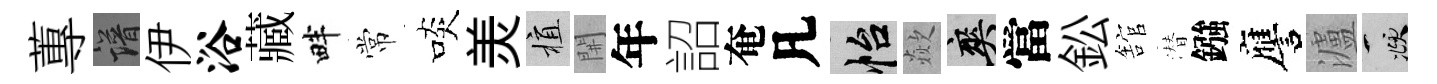
蓴譜伊浴藏畔常啖羙植𨳩年詔奄凡怡歘爽當鈆舘潜鏹譍瀘頫